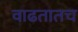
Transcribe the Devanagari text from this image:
वाढतातच